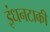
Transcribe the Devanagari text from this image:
इंधनटाकी